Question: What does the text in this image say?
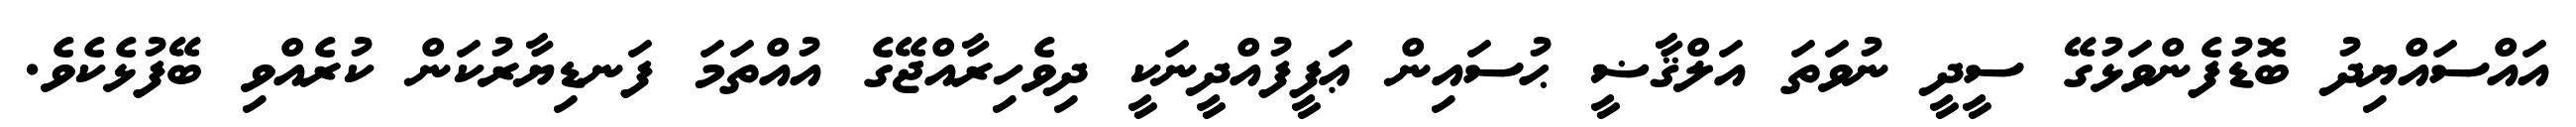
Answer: އައްސައްޔިދު ބޮޑުފެންވަޅުގޭ ސީދީ ނުވަތަ އަލްޤާޟީ ޙުސައިން ޢަފީފުއްދީނަކީ ދިވެހިރާއްޖޭގެ އުއްތަމަ ފަނޑިޔާރުކަން ކުރެއްވި ބޭފުޅެކެވެ.